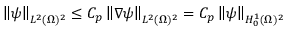
\left\lVert \boldsymbol { \psi } \right\rVert _ { L ^ { 2 } ( \Omega ) ^ { 2 } } \leq C _ { p } \left\lVert \nabla \boldsymbol { \psi } \right\rVert _ { L ^ { 2 } ( \Omega ) ^ { 2 } } = C _ { p } \left\lVert \boldsymbol { \psi } \right\rVert _ { H _ { 0 } ^ { 1 } ( \Omega ) ^ { 2 } }